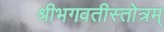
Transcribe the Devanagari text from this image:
श्रीभगवतीस्तोत्रम्